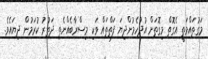
މަގުތައްމަތީ އެގޮތް މިގޮތަށް އުދުހެމުންދިޔަ ފަތްތައް ވަކި މިސްރާބެއްނެތި ދަތުރު ކުރަމުން ދިޔައެވެ.